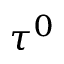
\tau ^ { 0 }